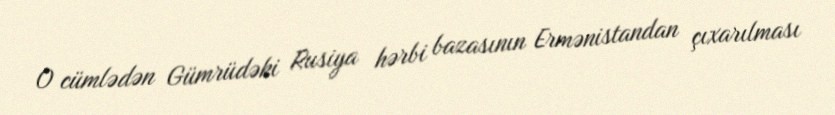
O cümlədən Gümrüdəki Rusiya hərbi bazasının Ermənistandan çıxarılması